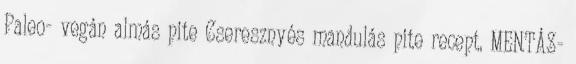
Paleo- vegán almás pite Cseresznyés mandulás pite recept. MENTÁS-